Leaving Certificate Examination (including Day School Certificate (Higher) General paper), 1933
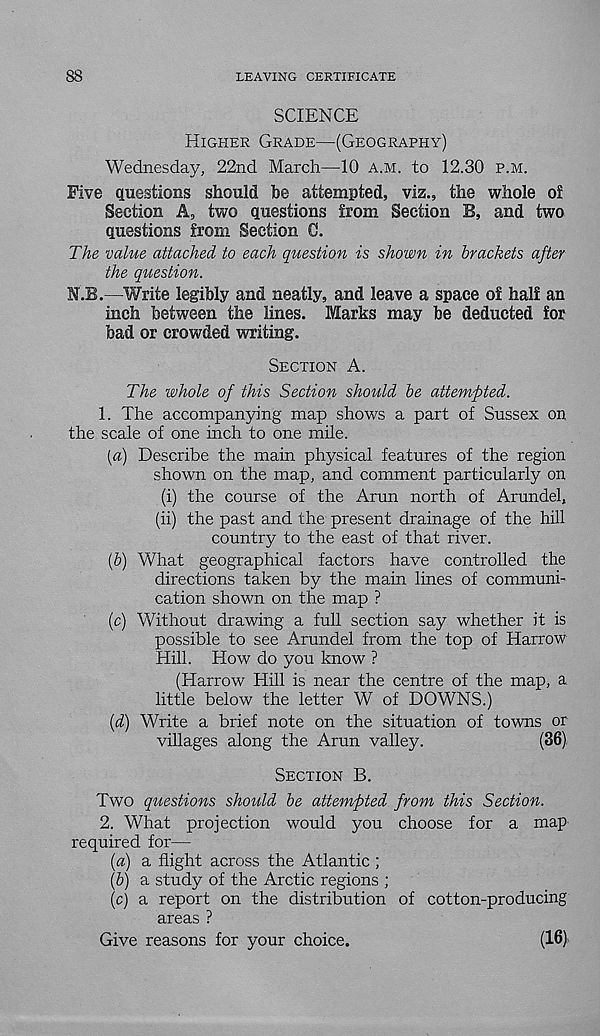
88
LEAVING CERTIFICATE
SCIENCE
Higher Grade—(Geography)
Wednesday, 22nd March—10 a.m. to 12.30 p.m.
Five questions should be attempted, viz., the whole o£
Section A, two questions from Section B, and two
questions from Section G.
The value attached to each question is shown in brackets after
the question.
N.B.—Write legibly and neatly, and leave a space of half an
inch between the lines. Marks may be deducted for
bad or crowded writing.
Section A.
The whole of this Section should be attempted.
1. The accompanying map shows a part of Sussex on
the scale of one inch to one mile.
[a) Describe the main physical features of the region
shown on the map, and comment particularly on
(i) the course of the Arun north of Arundel,
(ii) the past and the present drainage of the hill
country to the east of that river.
(5) What geographical factors have controlled the
directions taken by the main lines of communi-
cation shown on the map ?
(c) Without drawing a full section sa.y whether it is
possible to see Arundel from the top of Harrow
Hill. How do you know ?
(Harrow Hill is near the centre of the map, a
little below the letter W of DOWNS.)
(d) Write a brief note on the situation of towns or
villages along the Arun valley.
(36)
Section B.
Two questions should be attempted from this Section.
2. What projection would you choose for a map
required for—
(a) a flight across the Atlantic ;
(6) a study of the Arctic regions ;
(c) a report on the distribution of cotton-producing
areas ?
Give reasons for your choice.
(16)